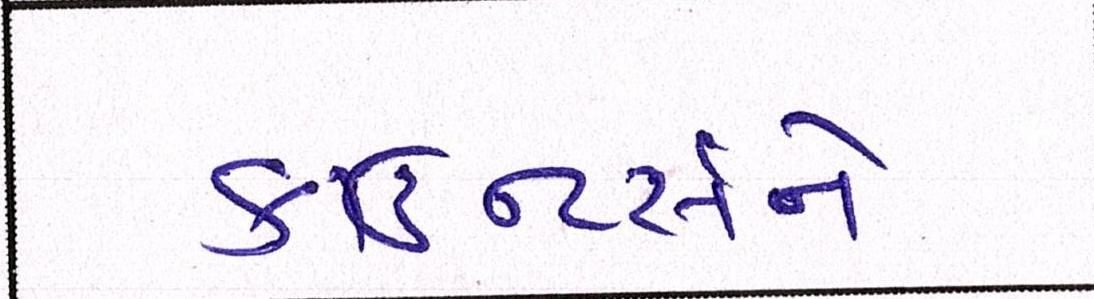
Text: કાઉન્ટર્સને